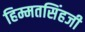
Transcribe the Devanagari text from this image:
हिम्मतसिंहजी